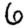
Digit: 6